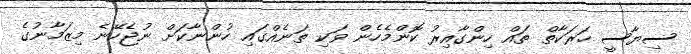
ސިޔާސީ ހަރަކާތް ތައް ހިންގާއިރު ކޮންމެހެން ވަކި ތަނެއްގައި ހުންނާކަށް ނުޖެހޭނެ މިޒަމާނުގެ